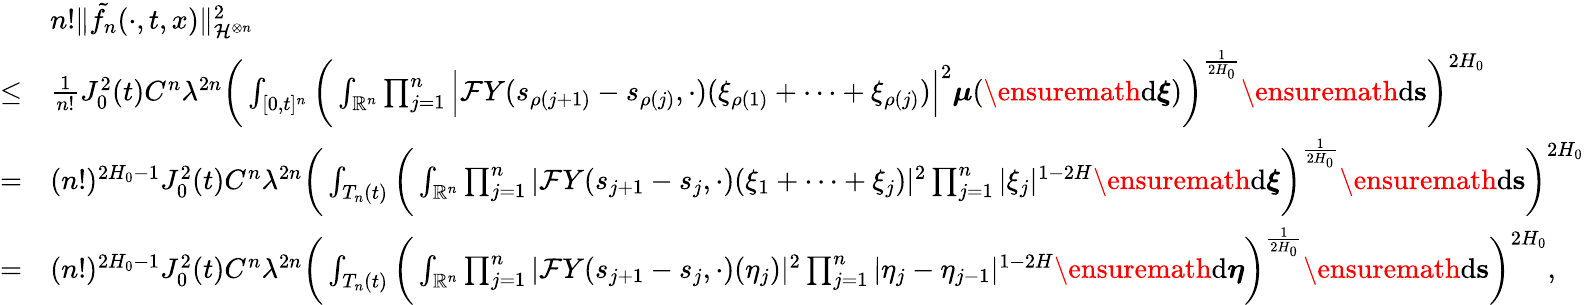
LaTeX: \begin{array}{rl}&{n!\Vert\tilde{f_{n}}(\cdot,t,x)\Vert_{\mathcal{H}^{\otimes n}}^{2}}\\ {\le}&{\frac{1}{n!}J_{0}^{2}(t)C^{n}\lambda^{2n}\bigg(\int_{[0,t]^{n}}\bigg(\int_{\mathbb{R}^{n}}\prod_{j=1}^{n}\Big|\mathcal{F}Y(s_{\rho(j+1)}-s_{\rho(j)},\cdot)(\xi_{\rho(1)}+\dots+\xi_{\rho(j)})\Big|^{2}\boldsymbol\mu(\ensuremath{\mathrm{d}}\boldsymbol\xi)\bigg)^{\frac{1}{2H_{0}}}\ensuremath{\mathrm{d}}\mathbf s\bigg)^{2H_{0}}}\\ {=}&{(n!)^{2H_{0}-1}J_{0}^{2}(t)C^{n}\lambda^{2n}\bigg(\int_{T_{n}(t)}\bigg(\int_{\mathbb{R}^{n}}\prod_{j=1}^{n}|\mathcal{F}Y(s_{j+1}-s_{j},\cdot)(\xi_{1}+\dots+\xi_{j})|^{2}\prod_{j=1}^{n}|\xi_{j}|^{1-2H}\ensuremath{\mathrm{d}}\boldsymbol\xi\bigg)^{\frac{1}{2H_{0}}}\ensuremath{\mathrm{d}}\mathbf s\bigg)^{2H_{0}}}\\ {=}&{(n!)^{2H_{0}-1}J_{0}^{2}(t)C^{n}\lambda^{2n}\bigg(\int_{T_{n}(t)}\bigg(\int_{\mathbb{R}^{n}}\prod_{j=1}^{n}|\mathcal{F}Y(s_{j+1}-s_{j},\cdot)(\eta_{j})|^{2}\prod_{j=1}^{n}|\eta_{j}-\eta_{j-1}|^{1-2H}\ensuremath{\mathrm{d}}\boldsymbol\eta\bigg)^{\frac{1}{2H_{0}}}\ensuremath{\mathrm{d}}\mathbf s\bigg)^{2H_{0}},}\end{array}